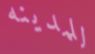
للمدينه